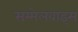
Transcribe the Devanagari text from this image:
सम्मेलवाइस